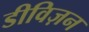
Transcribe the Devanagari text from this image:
डीविज़न